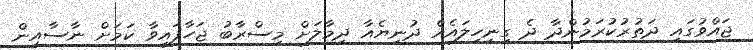
ޖައްވުގައި ދަތުރުކުރަމުންދާ ދެ ގިނިހިލައެއް ދުނިޔެއާ ދިމާލަށް މިސްރާބު ޖަހާފައިވާ ކަމަށް ނާސާއިން